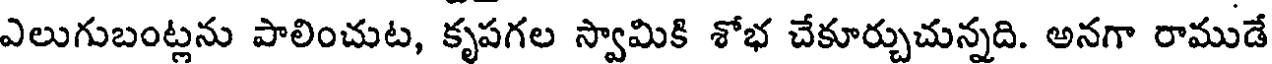
ఎలుగుబంట్లను పాలించుట, కృపగల స్వామికి శోభ చేకూర్చుచున్నది. అనగా రాముడే